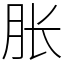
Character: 胀